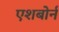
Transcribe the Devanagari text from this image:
एशबोर्न